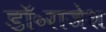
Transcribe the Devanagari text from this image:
डॉ॰राजेश